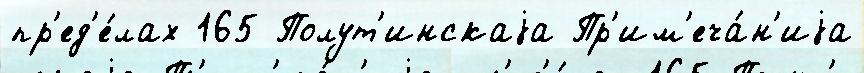
пр'ед'е́лах 165 Полут'инскаjа Пр'им'еча́н'иjа